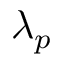
\lambda _ { p }